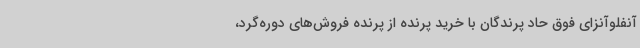
آنفلوآنزای فوق حاد پرندگان با خرید پرنده از پرنده فروش‌های دوره‌گرد،